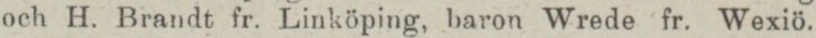
och H. Brandt fr. Linköping, baron Wrede fr. Wexiö.